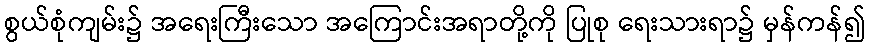
စွယ်စုံကျမ်း၌ အရေးကြီးသော အကြောင်းအရာတို့ကို ပြုစု ရေးသားရာ၌ မှန်ကန်၍